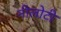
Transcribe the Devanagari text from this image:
नीलोटी